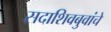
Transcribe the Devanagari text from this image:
सदाशिवबुवांचे